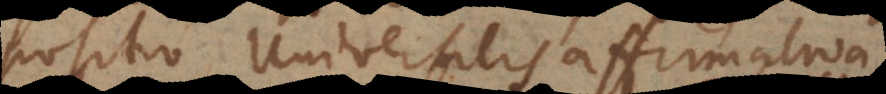
propositio Universalis affirmativa